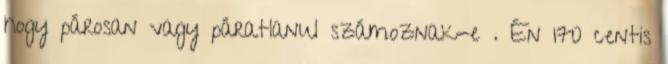
hogy párosan vagy páratlanul számoznak-e . Én 170 centis